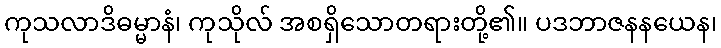
ကုသလာဒိဓမ္မာနံ၊ ကုသိုလ် အစရှိသောတရားတို့၏။ ပဒဘာဇနနယေန၊